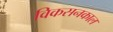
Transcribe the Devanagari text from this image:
विकसनकाल